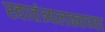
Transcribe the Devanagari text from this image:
स्वातंत्र्यलढ्यच्या